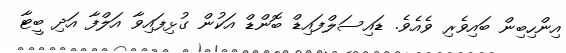
އިންހިބިން ބައިވެރި ވެއެވެ. ޑައިސަލްފައިޑް ބޮންޑް އަކުން ގުޅިފައިވާ އަލްފާ އަދި ބީޓާ